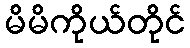
မိမိကိုယ်တိုင်